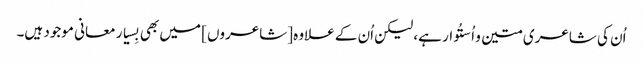
اُن کی شاعری متین و اُستُوار ہے، لیکن اُن کے علاوہ [شاعروں] میں بھی بِسیار معانی موجود ہیں۔